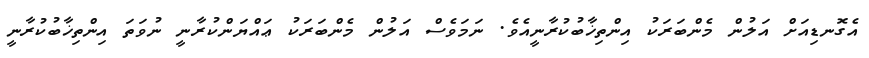
އެގޮނޑިއަށް އަލުން މެންބަރަކު އިންތިޚާބުކުރާނީއެވެ. ނަމަވެސް އަލުން މެންބަރަކު ޢައްޔަންކުރާނީ ނުވަތަ އިންތިޚާބުކުރާނީ